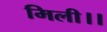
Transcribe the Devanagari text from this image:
मिली।।